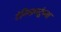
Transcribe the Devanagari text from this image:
टेनिसपटूंच्या